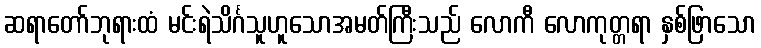
ဆရာတော်ဘုရားထံ မင်းရဲသိင်္ဂသူဟူသောအမတ်ကြီးသည် လောကီ လောကုတ္တရာ နှစ်ဖြာသော